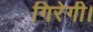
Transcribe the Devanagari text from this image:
गिरेगी।